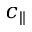
c _ { \parallel }